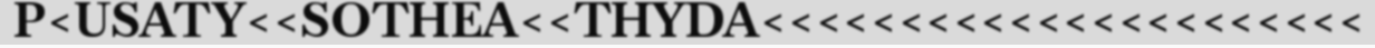
P<USATY<<SOTHEA<<THYDA<<<<<<<<<<<<<<<<<<<<<<